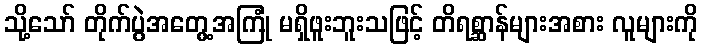
သို့သော် တိုက်ပွဲအတွေ့အကြုံ မရှိဖူးဘူးသဖြင့် တိရစ္ဆာန်များအစား လူများကို